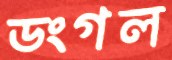
ডংগল